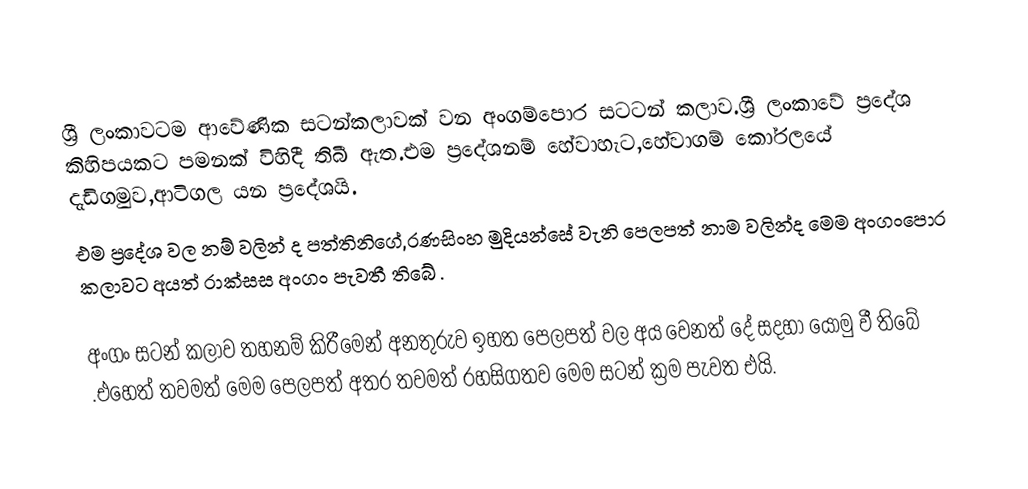
ශ්‍රී ලංකාවටම ආවේණික සටන්කලාවක් වන අංගම්පොර සටටන් කලාව.ශ්‍රී ලංකාවේ ප්‍රදේශ කිහිපයකට පමනක් විහිදී තිබී ඇත.එම ප්‍රදේශනම් හේවාහැට,හේවාගම් කෝරලයේ දැඩිගමුව,ආටිගල යන ප්‍රදේශයි.
එම ප්‍රදේශ වල නම් වලින් ද පත්තිනිගේ,රණසිංහ මුදියන්සේ වැනි පෙලපත් නාම වලින්ද මෙම අංගංපොර කලාවට අයත් රාක්සස අංගං පැවතී තිබේ .

අංගං සටන් කලාව තහනම් කිරීමෙන් අනතුරුව ඉහත පෙලපත් වල අය වෙනත්  දේ සදහා යොමු වී තිබේ .එහෙත් තවමත් මෙම පෙලපත් අතර තවමත් රහසිගතව මෙම සටන් ක්‍රම පැවත එයි.